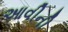
આવીની